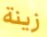
زينة